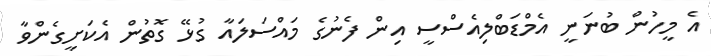
އެ މީހުން ބުނަނީ އެމްޑަބްލިއެސްސީ އިން ފެނުގެ މައްސަލައާ ގުޅޭ ގޮތުން އެކަށީގެންވާ